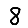
Digit: 8